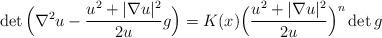
LaTeX: \begin{align*}\det \Big(\nabla^2 u - \frac{u^2 + |\nabla u|^2}{2 u} g\Big)= K (x) \Big(\frac{u^2 + |\nabla u|^2}{2 u}\Big)^n \det g\end{align*}